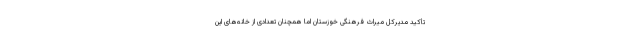
تأکید مدیرکل میراث فرهنگی خوزستان اما همچنان تعدادی از خانه‌های این